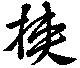
挟